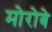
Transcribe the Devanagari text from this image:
मोरोबे